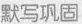
默写巩固